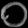
Digit: ၀